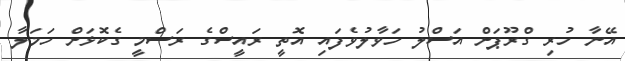
އޭނާ ހުރި ގްރޫޕަށް އަސްލު ހަވާލުވެފައި އޮތީ ރައީސްގެ ރަސްމީ ގެކޮޅަށް ހަމަލާ